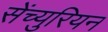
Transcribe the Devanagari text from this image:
सेंच्युरियन